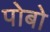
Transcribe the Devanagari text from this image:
पोबो